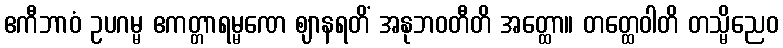
ဧကီဘာဝံ ဥပဂမ္မ ဧကတ္တာရမ္မဏေ ဈာနရတိံ အနုဘဝတီတိ အတ္ထော။ တတ္ထေဝါတိ တသ္မိညေဝ